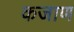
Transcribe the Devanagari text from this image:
कजाण